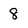
Character: 8